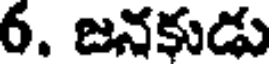
6. జనకుడు